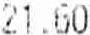
21.60